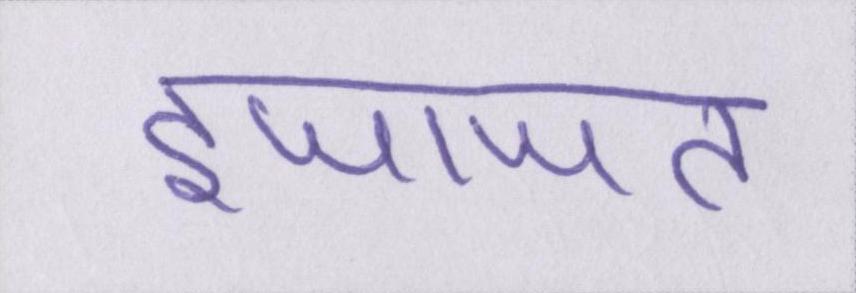
इजाजत